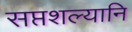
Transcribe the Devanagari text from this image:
सप्तशल्यानि